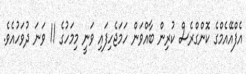
އެފްއޭއެމްގެ ކޮންގްރެސް ކުރިން ބާއްވަން ހަމަޖެހިފައި ވަނީ މިމަހުގެ 11 ވަނަ ދުވަހުއެވެ.